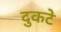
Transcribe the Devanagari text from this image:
दुकटे